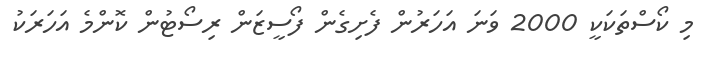
މި ކޯސްތަކަކީ 2000 ވަނަ އަހަރުން ފެށިގެން ފޯސީޒަން ރިސޯޓުން ކޮންމެ އަހަރަކު